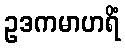
ဥဒကမာဟရိံ